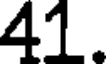
41.